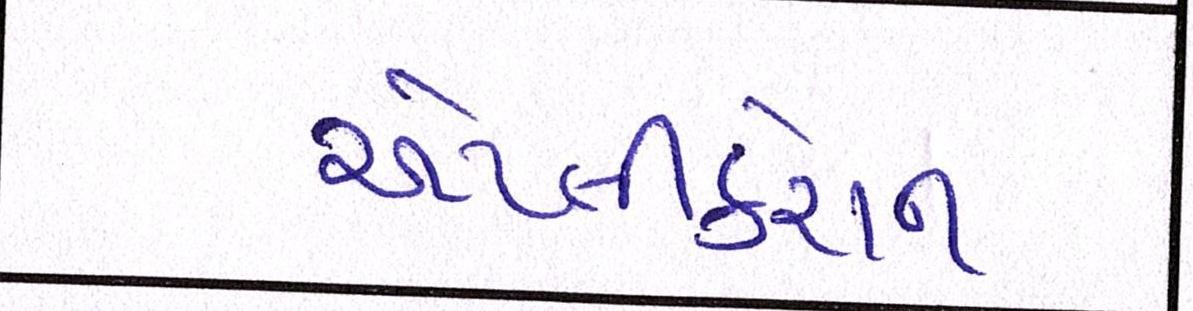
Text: એપ્લીકેશન